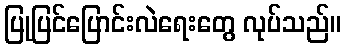
ပြုပြင်ပြောင်းလဲရေးတွေ လုပ်သည်။